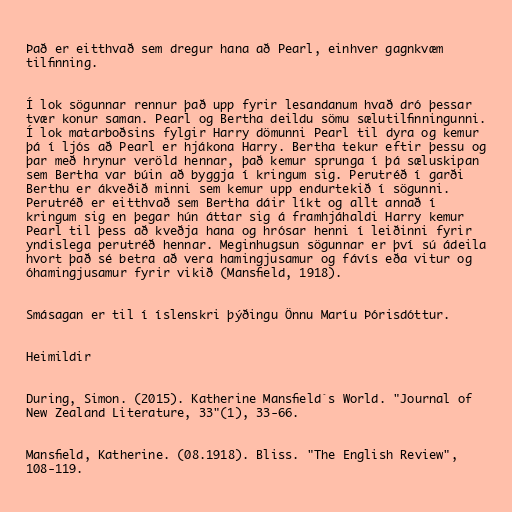
Það er eitthvað sem dregur hana að Pearl, einhver gagnkvæm
tilfinning.

Í lok sögunnar rennur það upp fyrir lesandanum hvað dró þessar
tvær konur saman. Pearl og Bertha deildu sömu sælutilfinningunni.
Í lok matarboðsins fylgir Harry dömunni Pearl til dyra og kemur
þá í ljós að Pearl er hjákona Harry. Bertha tekur eftir þessu og
þar með hrynur veröld hennar, það kemur sprunga í þá sæluskipan
sem Bertha var búin að byggja í kringum sig. Perutréð í garði
Berthu er ákveðið minni sem kemur upp endurtekið í sögunni.
Perutréð er eitthvað sem Bertha dáir líkt og allt annað í
kringum sig en þegar hún áttar sig á framhjáhaldi Harry kemur
Pearl til þess að kveðja hana og hrósar henni í leiðinni fyrir
yndislega perutréð hennar. Meginhugsun sögunnar er því sú ádeila
hvort það sé betra að vera hamingjusamur og fávís eða vitur og
óhamingjusamur fyrir vikið (Mansfield, 1918).

Smásagan er til í íslenskri þýðingu Önnu Maríu Þórisdóttur.

Heimildir

During, Simon. (2015). Katherine Mansfield´s World. "Journal of
New Zealand Literature, 33"(1), 33-66.

Mansfield, Katherine. (08.1918). Bliss. "The English Review",
108-119.